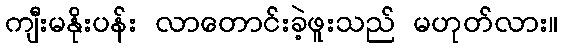
ကျီးမနိုးပန်း လာတောင်းခဲ့ဖူးသည် မဟုတ်လား။